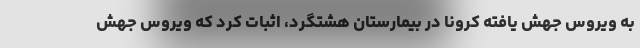
به ویروس جهش یافته کرونا در بیمارستان هشتگرد، اثبات کرد که ویروس جهش